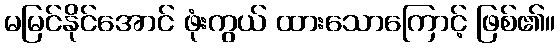
မမြင်နိုင်အောင် ဖုံးကွယ် ထားသောကြောင့် ဖြစ်၏။